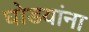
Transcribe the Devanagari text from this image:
घोडयांना